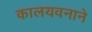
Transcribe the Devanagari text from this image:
कालयवनाने